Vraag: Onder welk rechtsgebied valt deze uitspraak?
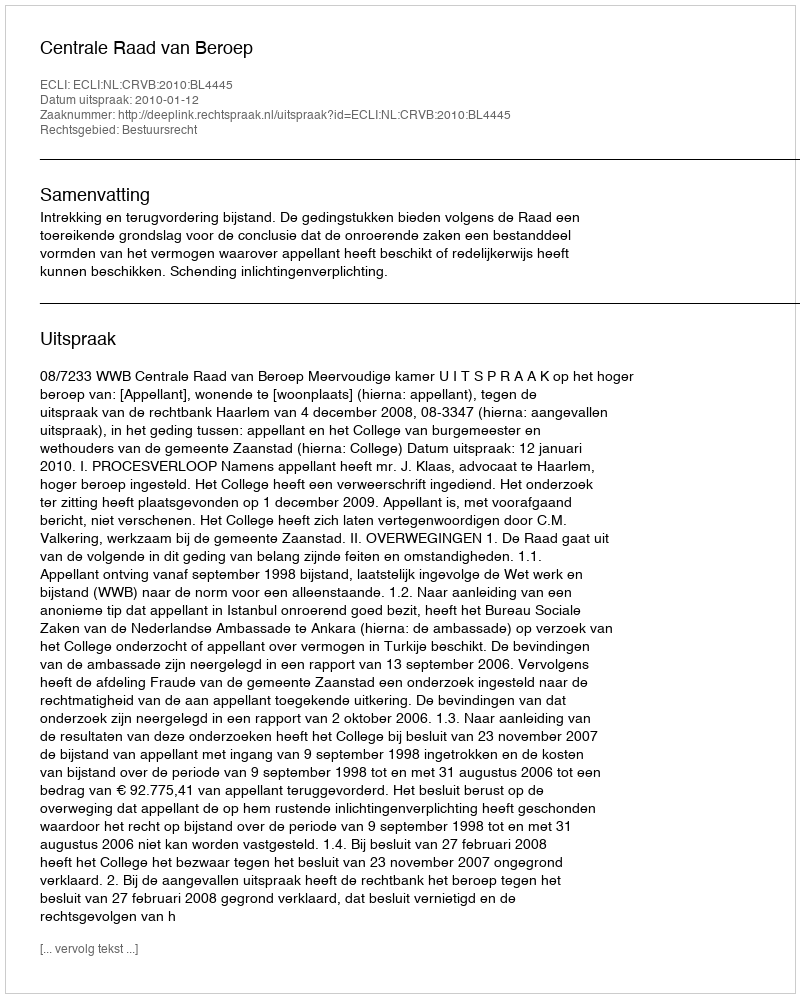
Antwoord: Bestuursrecht